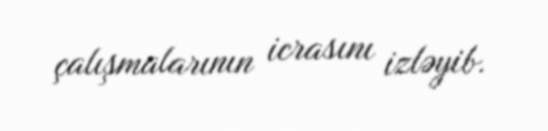
çalışmalarının icrasını izləyib.